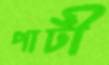
পার্টী